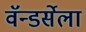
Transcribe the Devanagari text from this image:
वॅन्डर्सेला